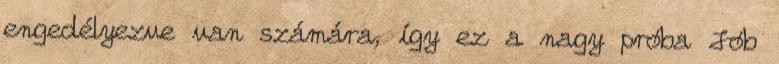
engedélyezve van számára, így ez a nagy próba Jób